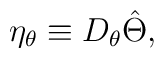
\eta_{\theta}\equiv D_{\theta}\hat{\Theta},